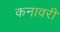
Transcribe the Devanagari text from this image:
कनावरी